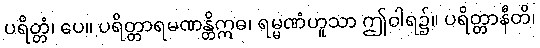
ပရိတ္တံ၊ ပေ။ ပရိတ္တာရမဏန္တိဣဓ၊ ရမ္မဏံဟူသာ ဤဝါရ၌။ ပရိတ္တာနီတိ၊